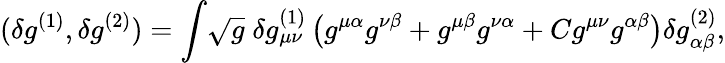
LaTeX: (\delta g^{(1)},\delta g^{(2)})=\int\! \sqrt{g}\; \delta g_{\mu\nu}^{(1)}\left(g^{\mu\alpha}g^{\nu\beta}+g^{\mu\beta}g^{\nu\alpha}+Cg^{\mu\nu}g^{\alpha\beta}\right)\delta g_{\alpha\beta}^{(2)},